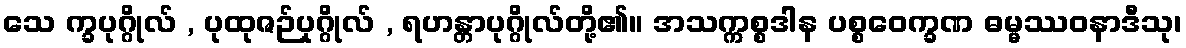
သေ က္ခပုဂ္ဂိုလ် , ပုထုဇဉ်ပုဂ္ဂိုလ် , ရဟန္တာပုဂ္ဂိုလ်တို့၏။ အသက္ကစ္စဒါန ပစ္စဝေက္ခဏ ဓမ္မဿဝနာဒီသု၊